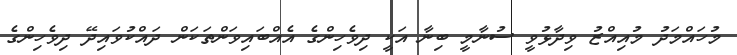
މުހައްމަދު މުއިއްޒު ވިދާޅުވީ ސުނާމީ ބިނާ އަކީ ދިވެހިންގެ އެއްބައިވަންތަކަން ދައްކުވައިދޭ ދިވެހިންގެ